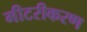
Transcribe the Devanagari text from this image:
मीटरीकरण